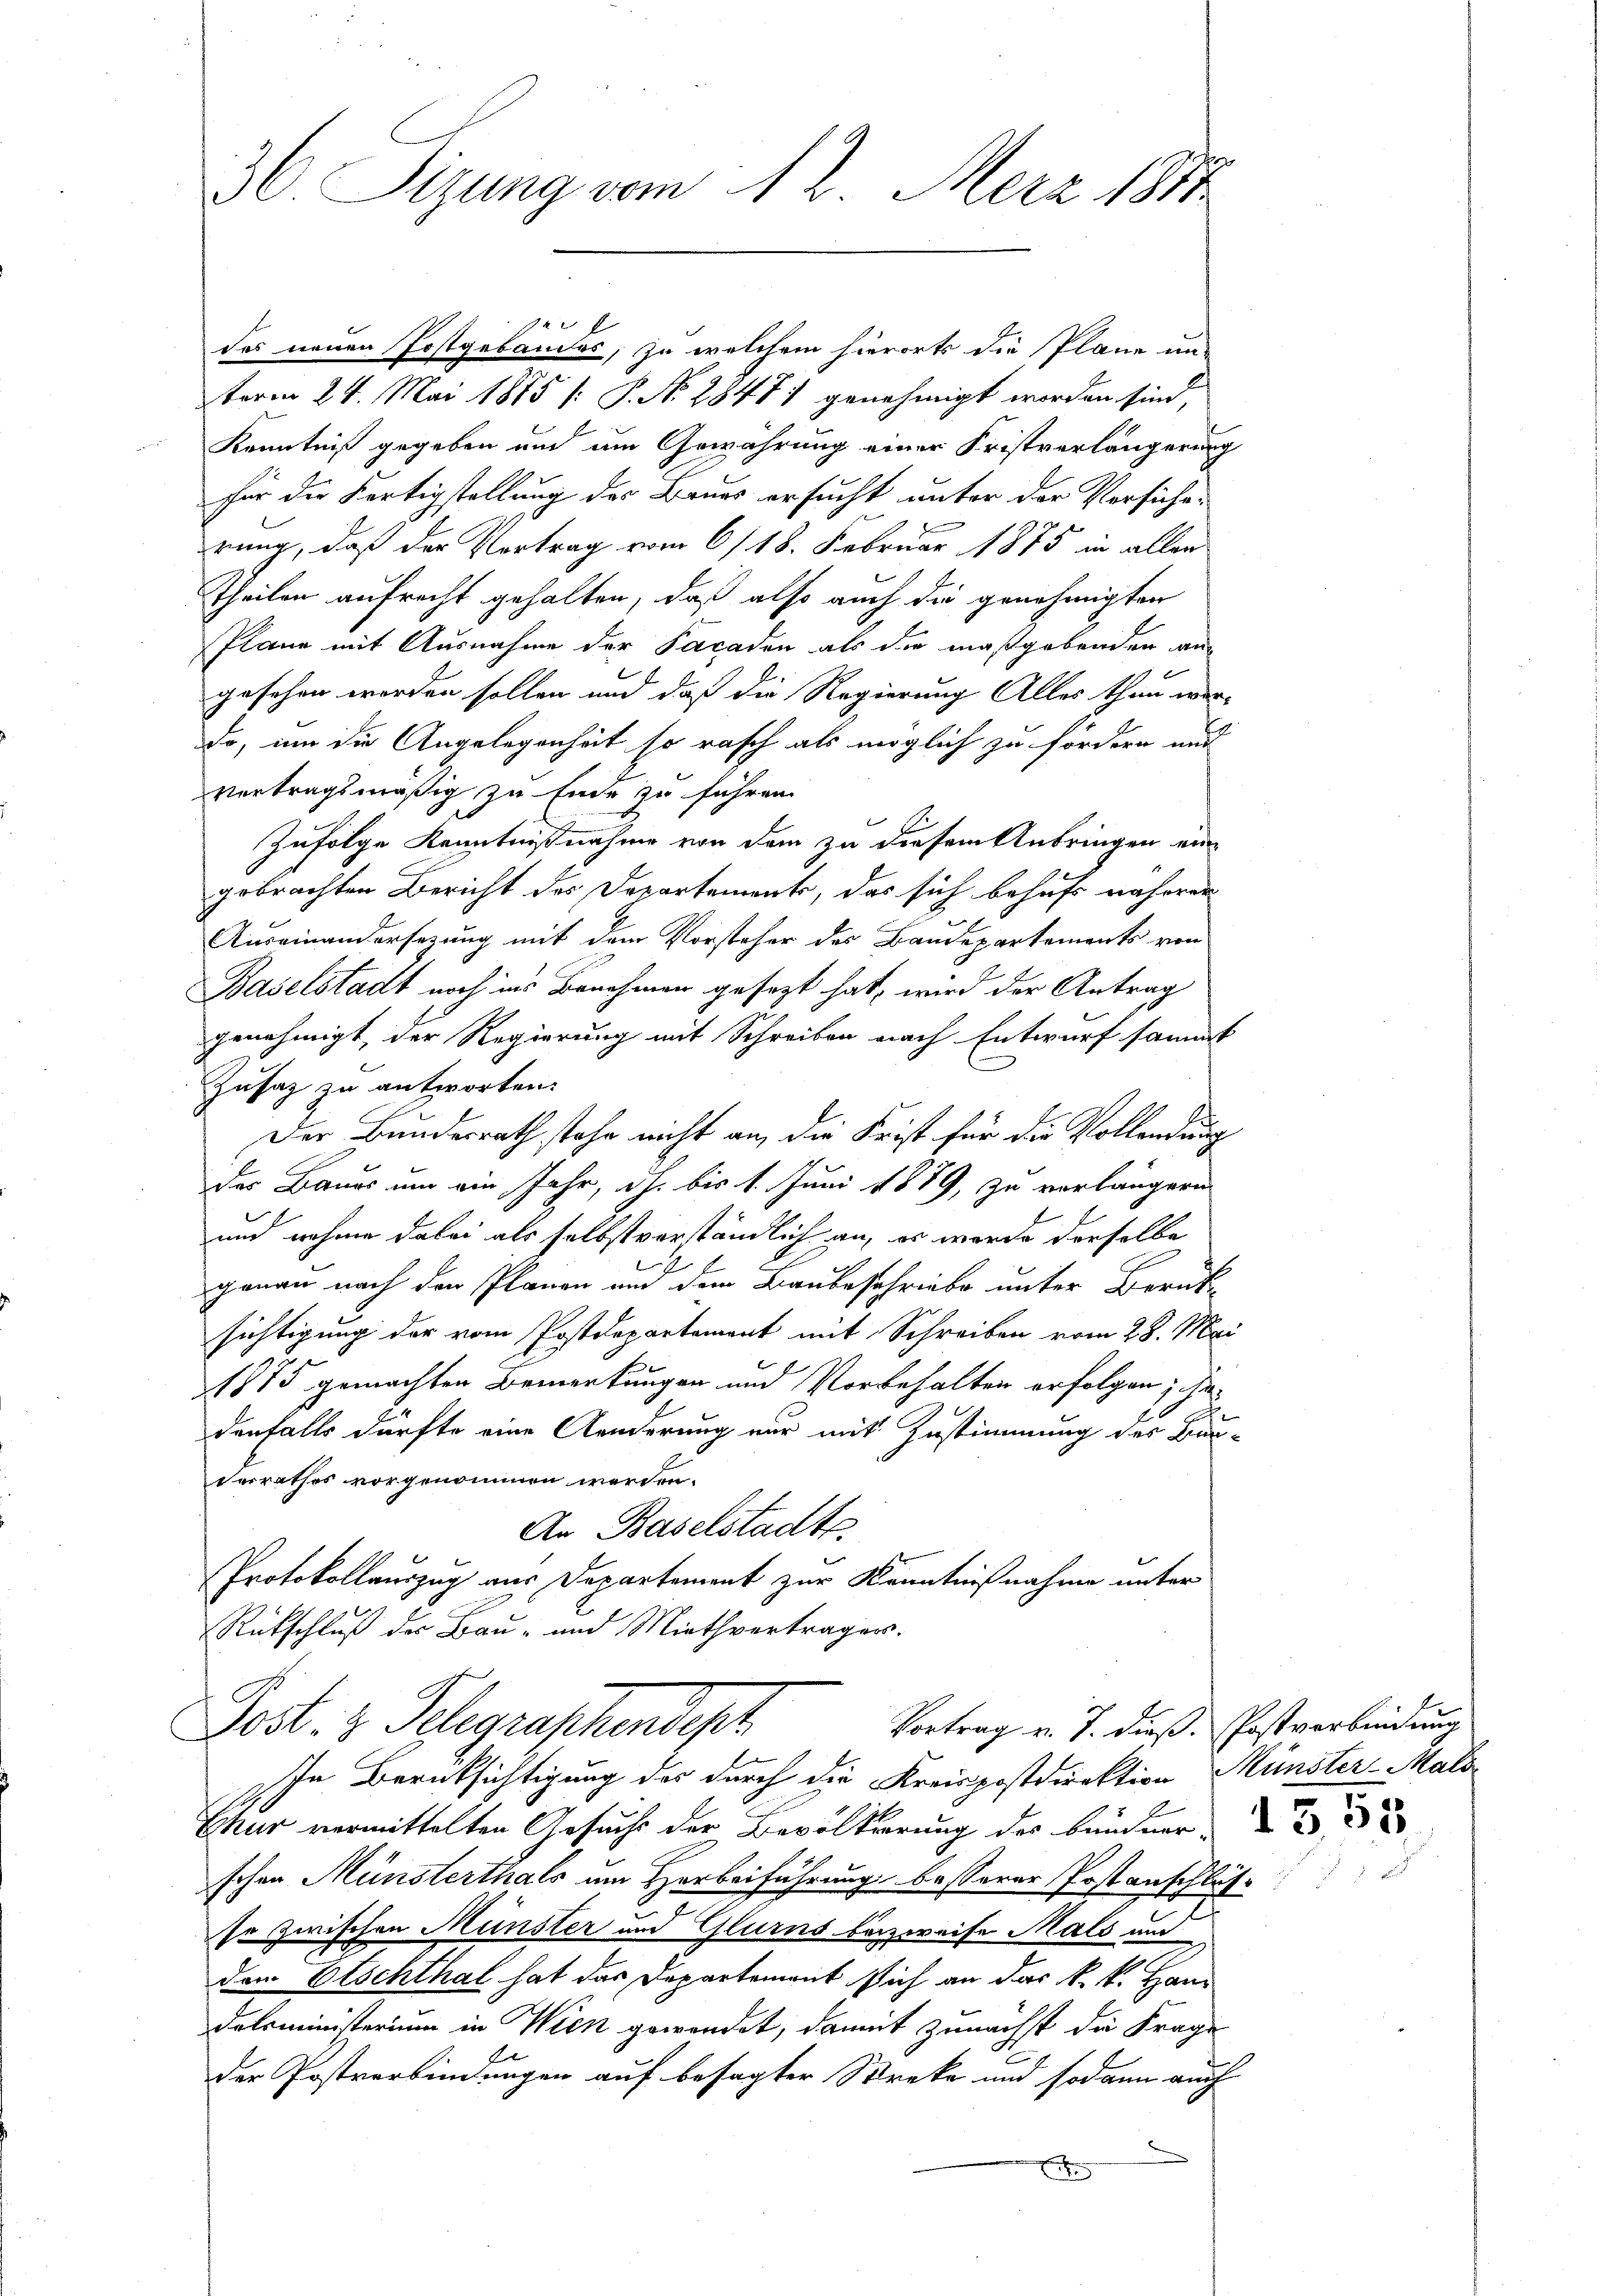
36 Sizung vom 12. Merz 1884

des neuen Postgebäudes, zu welchem hierorts die Pläne un-
term 24. Mai 1885 (: P. No. 28471 genehmigt worden sind,
Kenntniß gegeben und um Gewährung einer Fristverlängerung
für die Fertigstellung des Bruns ersucht unter der Versicherung, daß der Vertrag vom 6/18. Februar 1875 in allen
Theilen aufrecht gehalten, daß also auch die genehmigten
Plane mit Ausnahme der Facaden als die maßgebenden an
gesehen worden sollen und daß die Regierung Alles thun wer-
Do, um die Angelegenheit so rasch als möglich zu fördern und
vertragsmäßig zu Ende zu führen.
Zufolge Kenntnißnahme von dem zu diesem Anbringen eingebrachten Bericht des Departements, das sich behufs näherer
Auseinandersezung mit dem Vorsteher des Baudepartements von
Baselstadt noch ins Benehmen gesezt hat, wird der Antrag
genehmigt, der Regierung mit Schreiben nach Entwurf sammt
Zusaz zu antworten.
Der Bundesrath stehe nicht an, die Frist für die Vollendung
des Baues um ein Jahr, dh. bis 1. Juni 1879, zu verlängern
und nahme dabei als selbstverständlich an, es werde derselbe
E
ganau nach den Planen an dem Baubeschriebe unter Berük-
sichtigung der vom Postdepartement mit Schreiben vom 28. Mai
1875 gemachten Bemerkungen und Vorbehalten erfolgen ich
denfalls dürfte eine Aenderung nur mit Zustimmung des Bun-
derrathes vorgenommen werden.
An Baselstadt
Protokollauszug aus Departement zur Kenntnißnahme unter
Rückschluß der Bau- und Miethvertragen.
Post. z. Telegraphendesch
Vortrag v. J. dieß. Postverbindung
In Berücksichtigung des durch die Kreispostdirektion Münster Mals
Ehur vermittelten Gesucht der Bevölkerung des Bündner
schen Münsterthals um Herbeiführung besserer Postanschlusso zwischen Münster und Glurns beizweife Mals und
dem Etschthal hat das Departement sich an das k. k. Handatsministerium in Wick gewendet, damit zunächst die Frage
der Postverbindungen auf besagter Streke und sodann auch
x